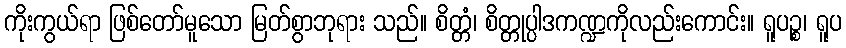
ကိုးကွယ်ရာ ဖြစ်တော်မူသော မြတ်စွာဘုရား သည်။ စိတ္တံ၊ စိတ္တုပ္ပါဒကဏ္ဍကိုလည်းကောင်း။ ရူပဉ္စ၊ ရူပ